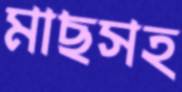
মাছসহ